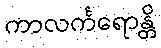
ကာလင်္ကရောန္တိ